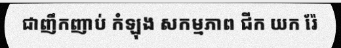
ជាញឹកញាប់ កំឡុង សកម្មភាព ជីក យក រ៉ែ